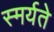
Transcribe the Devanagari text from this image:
स्मर्यते